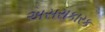
અસરાકારક